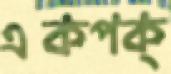
একপক্